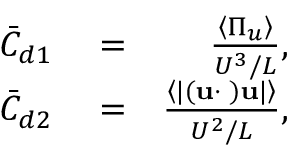
\begin{array} { r l r } { \bar { C } _ { d 1 } } & { { } = } & { \frac { \left\langle \Pi _ { u } \right\rangle } { U ^ { 3 } / L } , } \\ { \bar { C } _ { d 2 } } & { { } = } & { \frac { \left\langle \lvert ( { \bf u \cdot \nabla } ) { \bf u } \rvert \right\rangle } { U ^ { 2 } / L } , } \end{array}